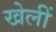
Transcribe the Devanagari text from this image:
खेलीं